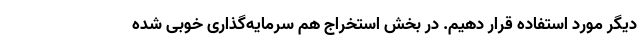
دیگر مورد استفاده قرار دهیم. در بخش استخراج هم سرمایه‌گذاری خوبی شده